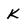
Character: K